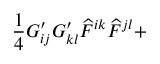
\frac { 1 } { 4 } G _ { i j } ^ { \prime } G _ { k l } ^ { \prime } { \cal \widehat { F } } ^ { i k } { \cal \widehat { F } } ^ { j l } +